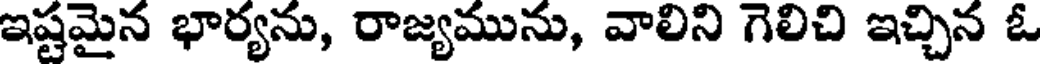
ఇష్టమైన భార్యను, రాజ్యమును, వాలిని గెలిచి ఇచ్చిన ఓ